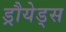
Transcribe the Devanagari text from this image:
ड्रौयेड्स